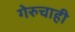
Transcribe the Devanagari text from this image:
गेरुचाही